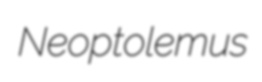
Neoptolemus